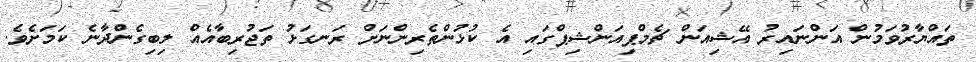
ތައްޔާރުވަމުން އަންނައިރު އޭޝިއަން ޗެމްޕިއަންޝިޕްގައި އެ ކުޅުންތެރިންނަށް ރަނގަޅު ތަޖުރިބާއެއް ލިބިގެންދާނެ ކަމަށެވެ.